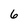
Character: 6